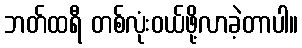
ဘတ်ထရီ တစ်လုံးဝယ်ဖို့လာခဲ့တာပါ။